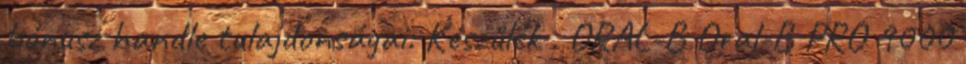
bónusz handle tulajdonságai: Készülék . ORAL-B Oral-B PRO 9000